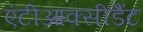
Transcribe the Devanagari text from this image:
एंटीआक्सीडैंट